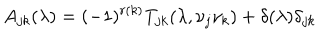
LaTeX: A _ { j k } ( \lambda ) = ( - 1 ) ^ { r ( k ) } T _ { j k } ( \lambda , \nu _ { j } \nu _ { k } ) + \delta ( \lambda ) \delta _ { j k }